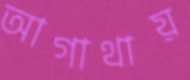
আগাথায়